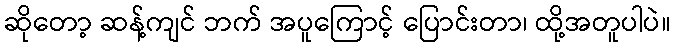
ဆိုတော့ ဆန့်ကျင် ဘက် အပူကြောင့် ပြောင်းတာ၊ ထို့အတူပါပဲ။